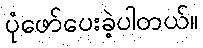
ပုံဖော်ပေးခဲ့ပါတယ်။